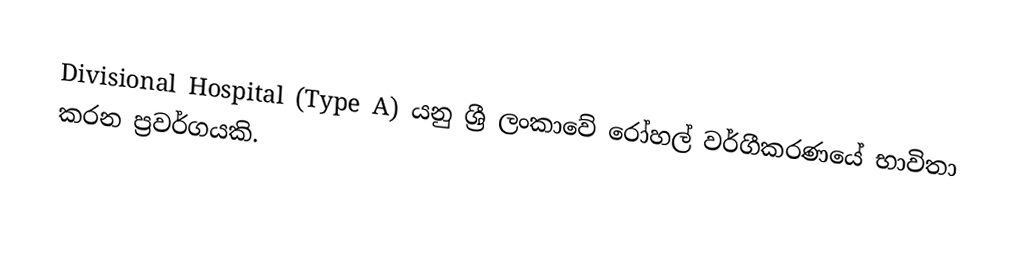
Divisional Hospital (Type A) යනු ශ්‍රී ලංකාවේ රෝහල් වර්ගීකරණයේ භාවිතා කරන ප්‍රවර්ගයකි.